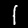
Digit: 1